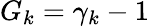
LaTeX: G_{k}=\gamma_{k}-1